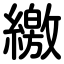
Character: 繳